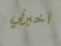
اخبرني